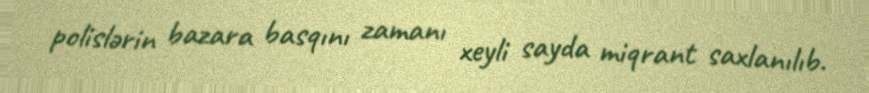
polislərin bazara basqını zamanı xeyli sayda miqrant saxlanılıb.